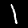
Label: 1